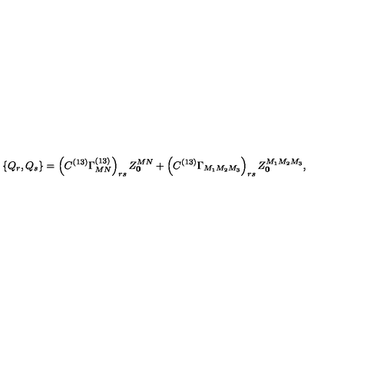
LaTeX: \left\{ Q _ { r } , Q _ { s } \right\} = \left( C ^ { ( 1 3 ) } \Gamma _ { M N } ^ { ( 1 3 ) } \right) _ { r s } Z _ { \bf 0 } ^ { M N } + \left( C ^ { ( 1 3 ) } \Gamma _ { M _ { 1 } M _ { 2 } M _ { 3 } } \right) _ { r s } Z _ { \bf 0 } ^ { M _ { 1 } M _ { 2 } M _ { 3 } } ,